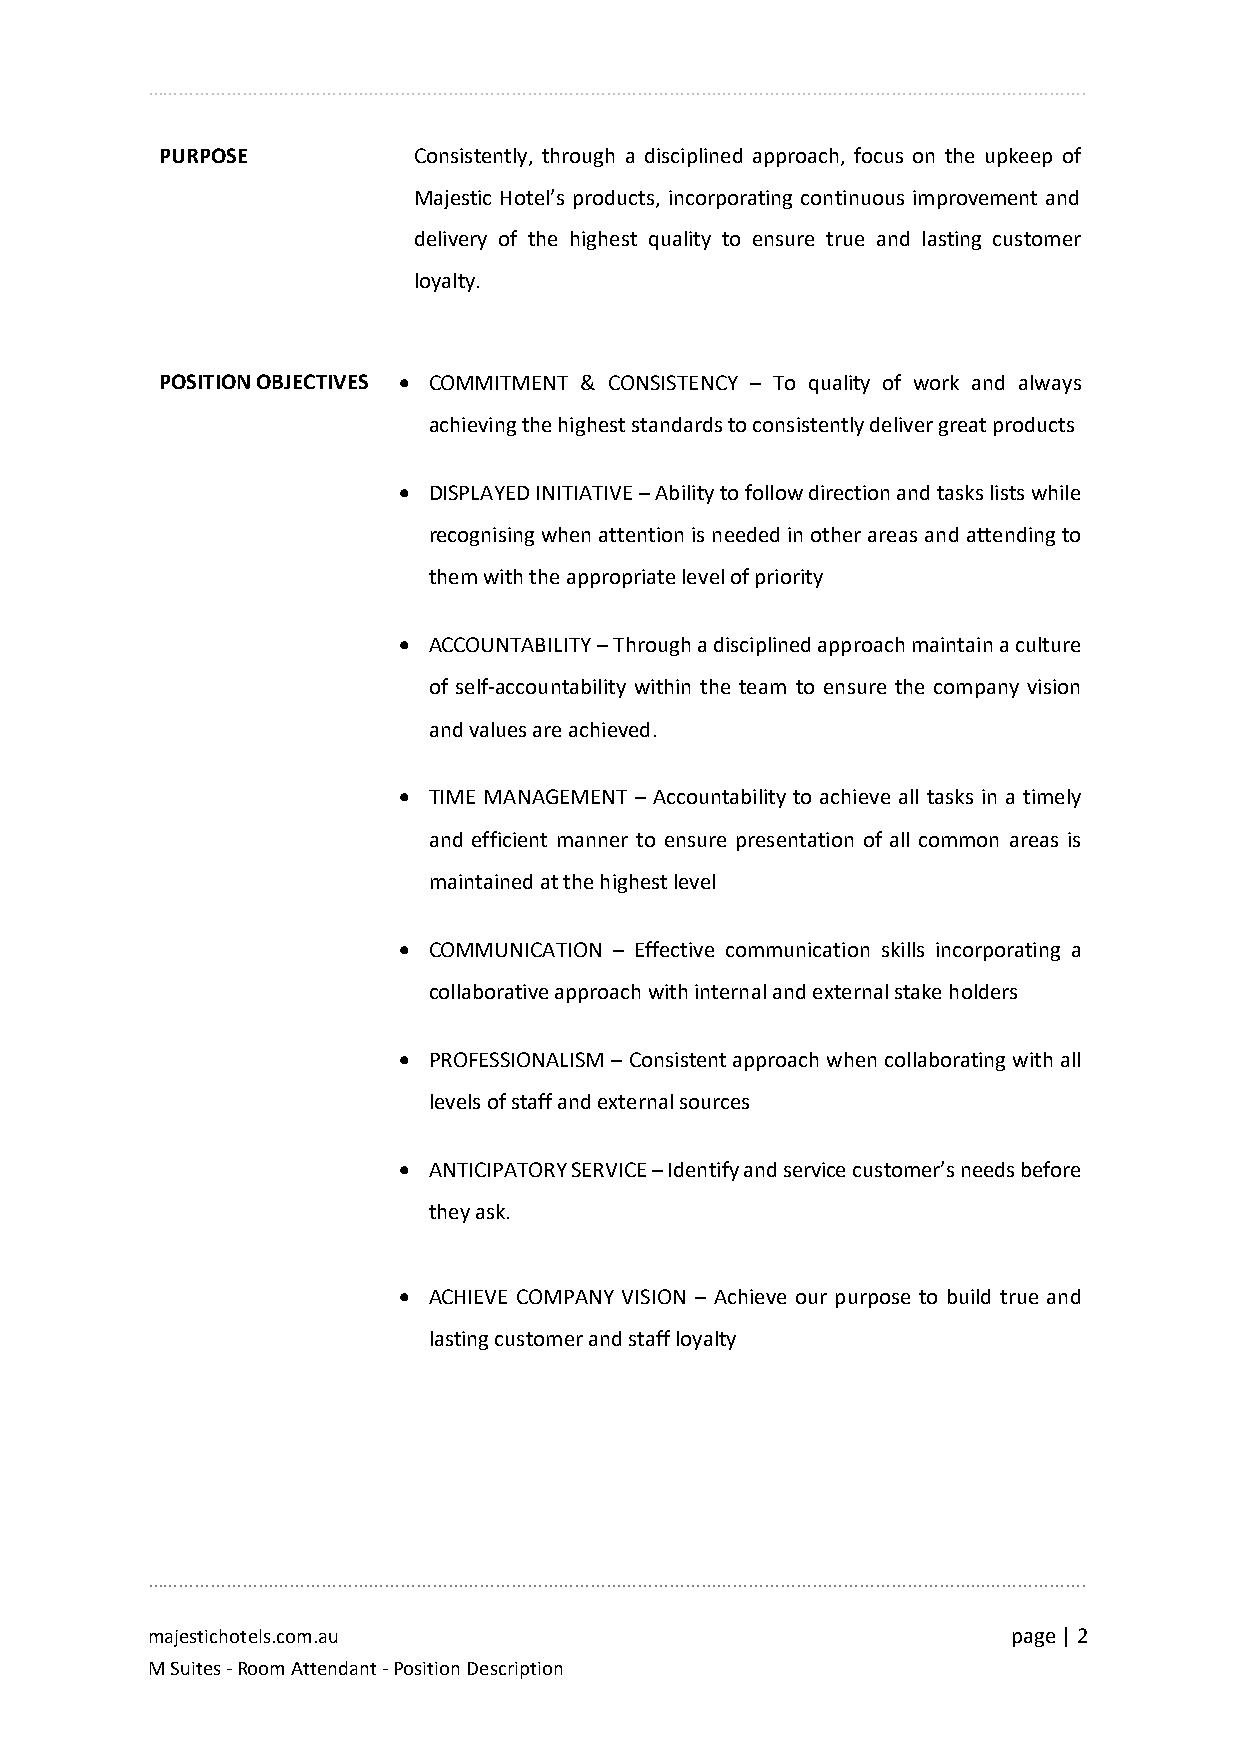
…………………………………………………………………………………………………………………………………………………………….
 PURPOSE         Consistently, through a disciplined approach, focus on the upkeep of
 Majestic Hotel’s products, incorporating continuous improvement and
 delivery of the highest quality to ensure true and lasting customer
 loyalty.
 POSITION OBJECTIVES • COMMITMENT & CONSISTENCY – To quality of work and always
 achieving the highest standards to consistently deliver great products
 • DISPLAYED INITIATIVE – Ability to follow direction and tasks lists while
 recognising when attention is needed in other areas and attending to
 them with the appropriate level of priority
 • ACCOUNTABILITY – Through a disciplined approach maintain a culture
 of self-accountability within the team to ensure the company vision
 and values are achieved.
 • TIME MANAGEMENT – Accountability to achieve all tasks in a timely
 and efficient manner to ensure presentation of all common areas is
 maintained at the highest level
 • COMMUNICATION – Effective communication skills incorporating a
 collaborative approach with internal and external stake holders
 • PROFESSIONALISM – Consistent approach when collaborating with all
 levels of staff and external sources
 • ANTICIPATORY SERVICE – Identify and service customer’s needs before
 they ask.
 • ACHIEVE COMPANY VISION – Achieve our purpose to build true and
 lasting customer and staff loyalty
 …………………………………………………………………………………………………………………………………………………………….
 majestichotels.com.au                                    page | 2
 M Suites - Room Attendant - Position Description